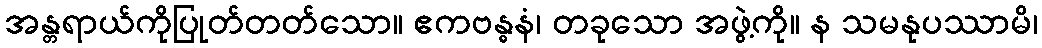
အန္တရာယ်ကိုပြုတ်တတ်သော။ ဧကဗန္ဓနံ၊ တခုသော အဖွဲ့ကို။ န သမနုပဿာမိ၊